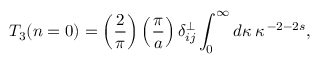
T _ { 3 } ( n = 0 ) = \left( { \frac { 2 } { \pi } } \right) \left( { \frac { \pi } { a } } \right) \delta _ { i j } ^ { \bot } \int _ { 0 } ^ { \infty } d \kappa \, \kappa \, ^ { - 2 - 2 s } ,